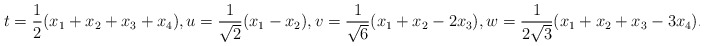
\begin{align*} t=\frac{1}{2}(x_{1}+x_{2}+x_{3}+x_4),u=\frac{1}{\sqrt{2}}(x_{1}-x_{2}),v=\frac{1}{\sqrt{6}}(x_{1}+x_{2}-2x_{3}),w=\frac{1}{2 \sqrt{3}} (x_1+x_2+x_3-3 x_4).\end{align*}